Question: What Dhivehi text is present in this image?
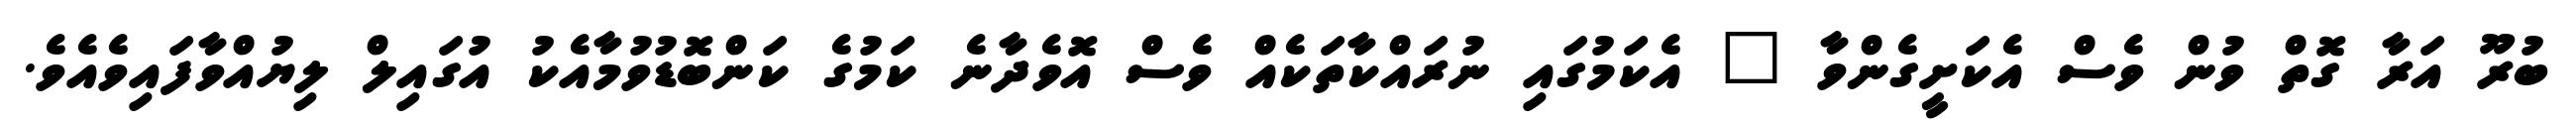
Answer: ބުރޫ އަރާ ގޮތް ވުން ވެސް އެކަށީގެންވާ " އެކަމުގައި ނުރައްކާތަކެއް ވެސް އޮވެދާނެ ކަމުގެ ކަންބޮޑުވުމާއެކު އުގައިލް ލިޔުއްވާފައިވެއެވެ.